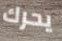
يحرك